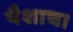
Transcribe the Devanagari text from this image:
पैशाच।